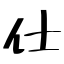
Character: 仕